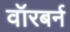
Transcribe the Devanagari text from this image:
वॉरबर्न